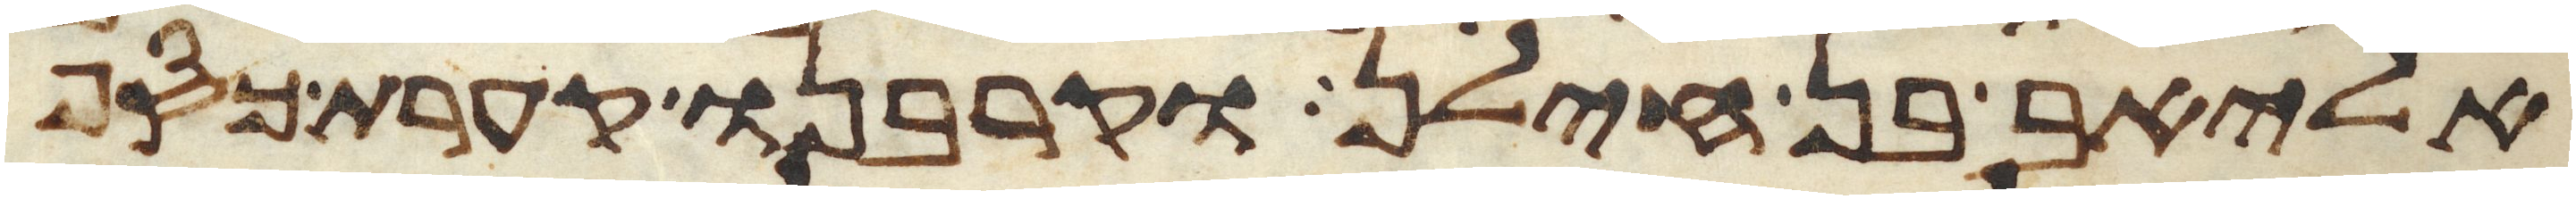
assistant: אליאב בן חילן וקרבנו קערת כסף